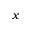
x